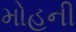
મોહની